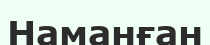
Наманған